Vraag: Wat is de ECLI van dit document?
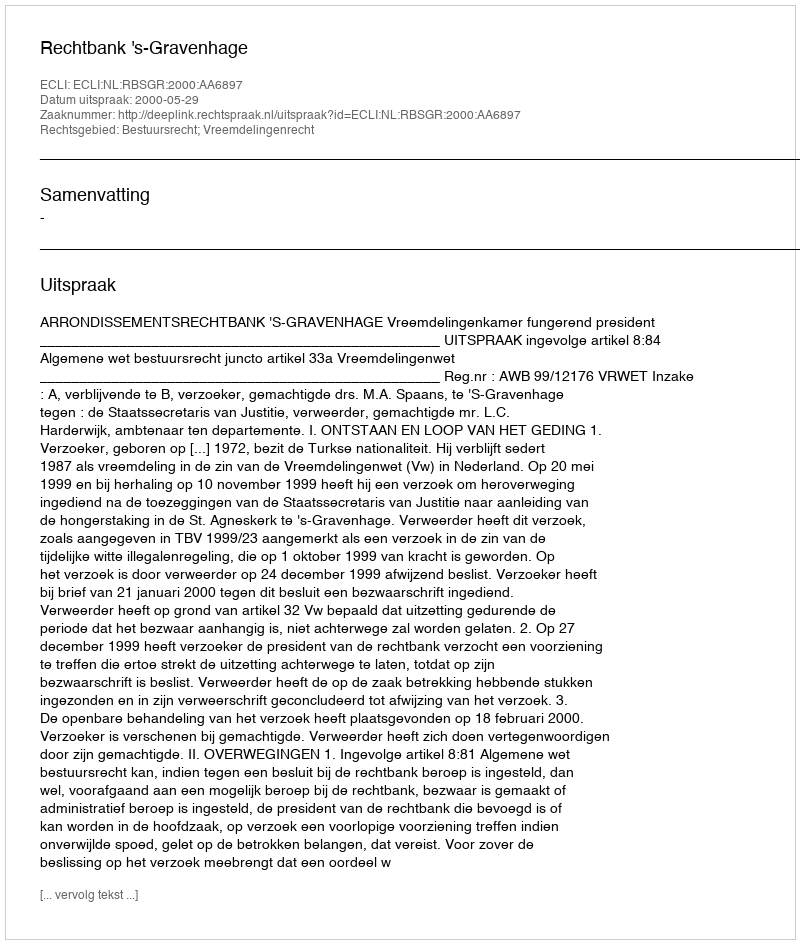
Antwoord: ECLI:NL:RBSGR:2000:AA6897